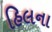
હિલના